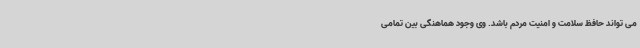
می تواند حافظ سلامت و امنیت مردم باشد. وی وجود هماهنگی بین‌ تمامی